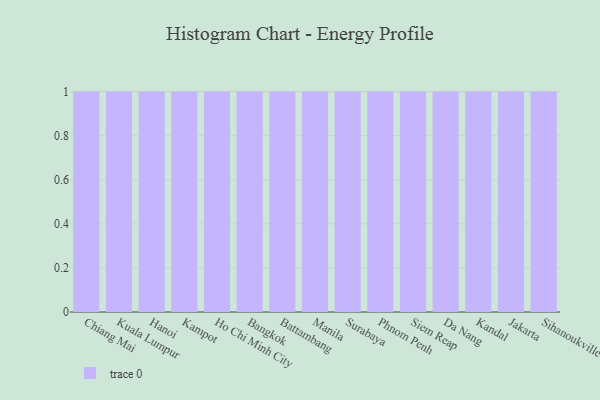
{"axis": {"x": "City", "y": "Shipments"}, "legend": [""], "data": [{"x": "Chiang Mai", "y": 58, "type": ""}, {"x": "Kuala Lumpur", "y": 75, "type": ""}, {"x": "Hanoi", "y": 100, "type": ""}, {"x": "Kampot", "y": 41, "type": ""}, {"x": "Ho Chi Minh City", "y": 11, "type": ""}, {"x": "Bangkok", "y": 38, "type": ""}, {"x": "Battambang", "y": 90, "type": ""}, {"x": "Manila", "y": 28, "type": ""}, {"x": "Surabaya", "y": 29, "type": ""}, {"x": "Phnom Penh", "y": 47, "type": ""}, {"x": "Siem Reap", "y": 89, "type": ""}, {"x": "Da Nang", "y": 25, "type": ""}, {"x": "Kandal", "y": 95, "type": ""}, {"x": "Jakarta", "y": 50, "type": ""}, {"x": "Sihanoukville", "y": 95, "type": ""}]}